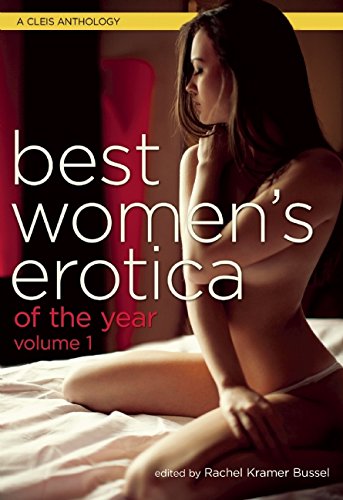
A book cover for Best Women's Erotica of the Year, Volume 1; Romance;